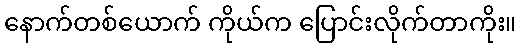
နောက်တစ်ယောက် ကိုယ်က ပြောင်းလိုက်တာကိုး။